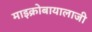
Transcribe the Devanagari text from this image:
माइक्रोबायालाजी